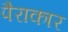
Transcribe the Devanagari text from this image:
पैराकार